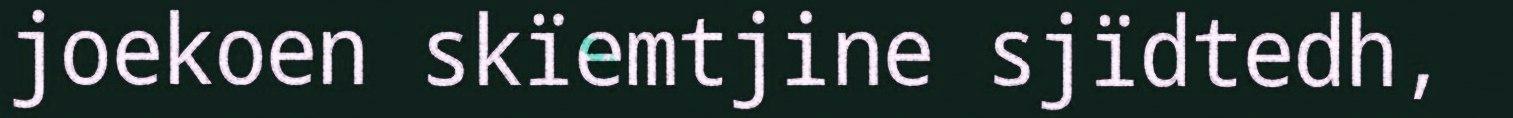
joekoen skïemtjine sjïdtedh,